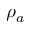
\rho _ { a }